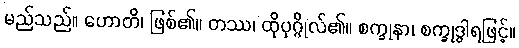
မည်သည်။ ဟောတိ၊ ဖြစ်၏။ တဿ၊ ထိုပုဂ္ဂိုလ်၏။ စက္ခုနာ၊ စက္ခုဒွါရဖြင့်။